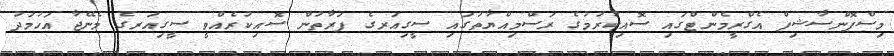
މިސްޕޮންސާޝިޕް އެގްރީމެންޓްގައި ސޮއިކުރުމުގެ ރަސްމިއްޔާތުގައި ސީގިއަރގެ ފަރާތުން ސޮއިކުރެއްވީ ސީގިއަރގެ މެނޭޖާ އަހުމަދު